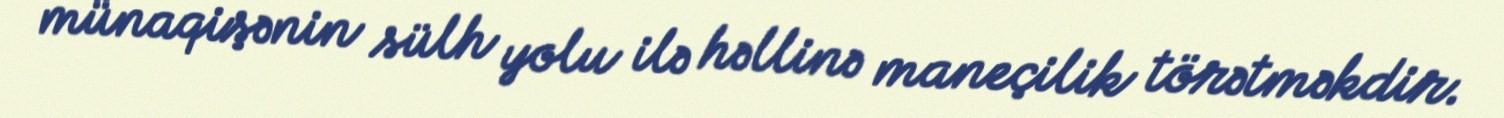
münaqişənin sülh yolu ilə həllinə maneçilik törətməkdir.